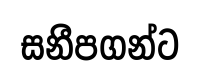
සනීපගන්ට